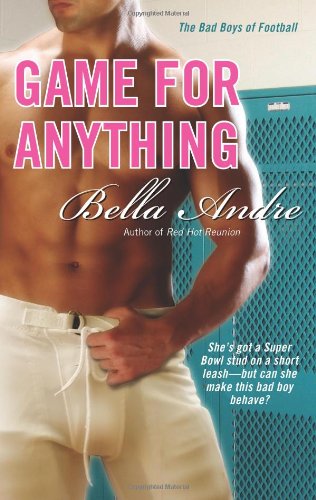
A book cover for Game for Anything; Bella Andre; Romance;